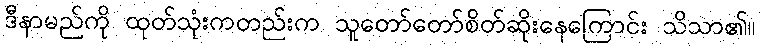
ဒီနာမည်ကို ထုတ်သုံးကတည်းက သူတော်တော်စိတ်ဆိုးနေကြောင်း သိသာ၏။